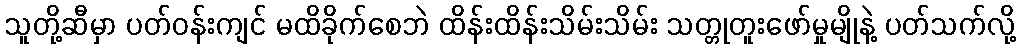
သူတို့ဆီမှာ ပတ်ဝန်းကျင် မထိခိုက်စေဘဲ ထိန်းထိန်းသိမ်းသိမ်း သတ္တုတူးဖော်မှုမျိုနဲ့ ပတ်သက်လို့